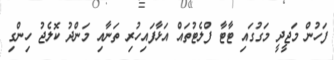
ފަހުން މަޖީދީ މަގުގައި ޓާޓާ ފްލެޓުތައް އަޅާފައިހުރި ތަނާއި މަންދު ކޮލެޖު ހިންގި